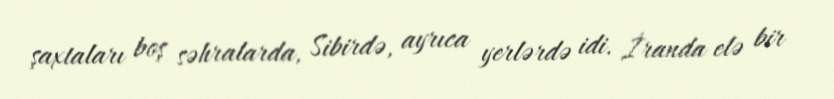
şaxtaları boş səhralarda, Sibirdə, ayrıca yerlərdə idi. İranda elə bir